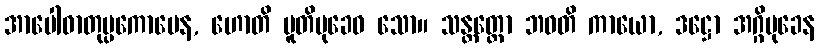
အာပေါဓာတုပ္ပကောပေန, ဟောတိ ပူတိမုခေဝ သော။ သန္တတ္တော ဘဝတိ ကာယော, ဒဋ္ဌော အဂ္ဂိမုခေန